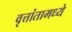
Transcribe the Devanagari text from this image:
वृत्तांतामध्ये